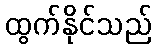
ထွက်နိုင်သည်